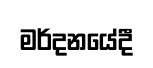
මර්දනයේදී